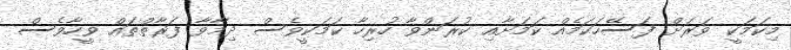
މިކަމަކީ ވަރަށް ފަސޭހަކަމެއް ކަމަށާއި ކުރަންވާ ހުރިހާ ކަމަކީވެސް ދިމާވާ ފަރާތްތައް ވީހާވެސް